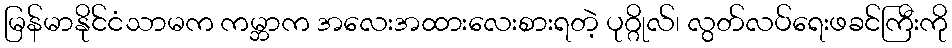
မြန်မာနိုင်ငံသာမက ကမ္ဘာက အလေးအထားလေးစားရတဲ့ ပုဂ္ဂိုလ်၊ လွတ်လပ်ရေးဖခင်ကြီးကို